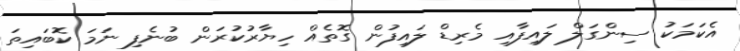
އެކަމަކު ސިންގަލް ލައިފާއި މެރިޑް ލައިފުން ގޮތެއް ހިޔާރުކުރަން ބުނެފި ނަމަ ކޮބައިތަ